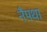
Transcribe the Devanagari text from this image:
नैपथा